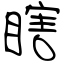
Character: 瞎